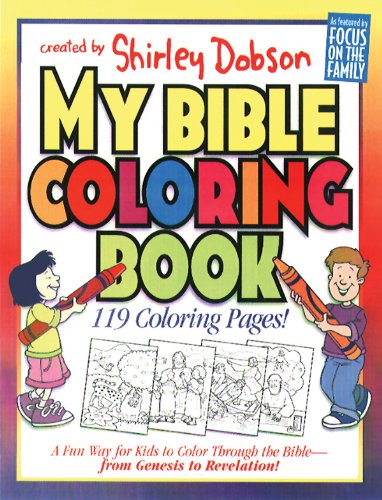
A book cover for My Bible Coloring Book: A Fun Way for Kids to Color Through the Bible (Coloring Books); Shirley Dobson; Christian Books & Bibles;